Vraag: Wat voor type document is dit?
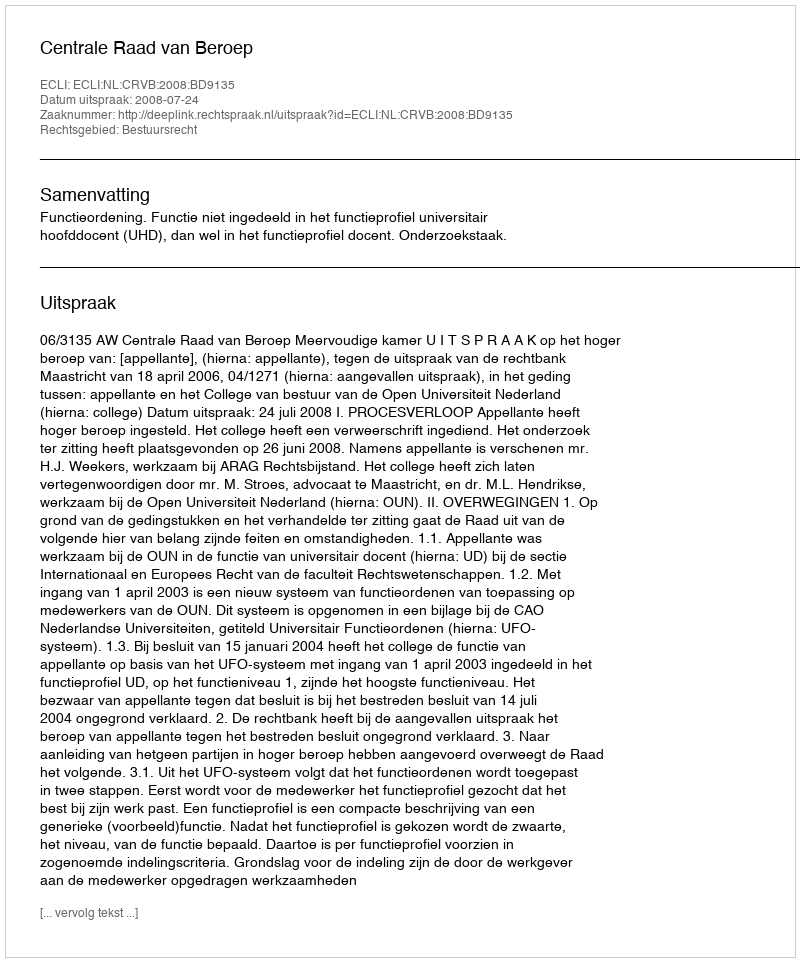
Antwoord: Uitspraak